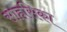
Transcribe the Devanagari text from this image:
साहसिका